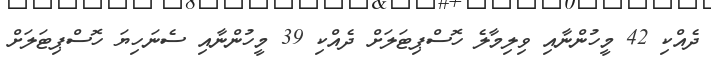
ދެއްކި 42 މީހުންނާއި ވިލިމާލެ ހޮސްޕިޓަލަށް ދެއްކި 39 މީހުންނާއި ސެނަހިޔަ ހޮސްޕިޓަލަށް